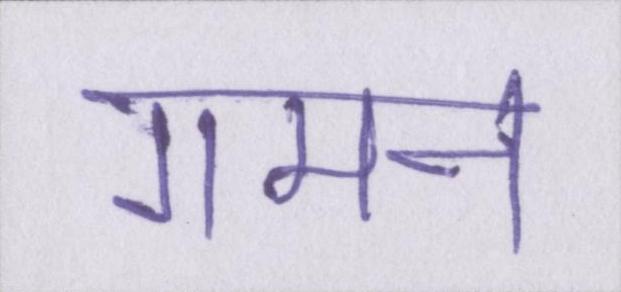
गमन